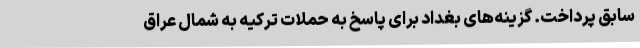
سابق پرداخت. گزینه‌های بغداد برای پاسخ به حملات ترکیه به شمال عراق